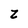
Character: Z